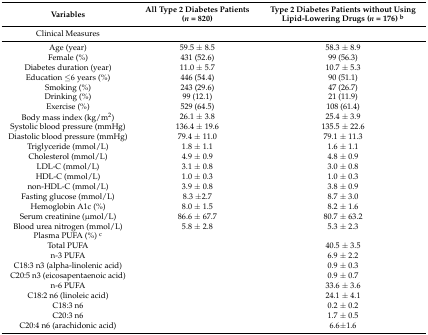
<table><thead><tr><td><b>Variables</b></td><td><b>All Type 2 Diabetes Patients (<i>n</i> = 820)</b></td><td><b>Type 2 Diabetes Patients without Using Lipid-Lowering Drugs (<i>n</i> = 176) <sup>b</sup></b></td></tr></thead><tbody><tr><td>Clinical Measures</td><td></td><td></td></tr><tr><td>Age (year)</td><td>59.5 ± 8.5</td><td>58.3 ± 8.9</td></tr><tr><td>Female (%)</td><td>431 (52.6)</td><td>99 (56.3)</td></tr><tr><td>Diabetes duration (year)</td><td>11.0 ± 5.7</td><td>10.7 ± 5.3</td></tr><tr><td>Education ≤6 years (%)</td><td>446 (54.4)</td><td>90 (51.1)</td></tr><tr><td>Smoking (%)</td><td>243 (29.6)</td><td>47 (26.7)</td></tr><tr><td>Drinking (%)</td><td>99 (12.1)</td><td>21 (11.9)</td></tr><tr><td>Exercise (%)</td><td>529 (64.5)</td><td>108 (61.4)</td></tr><tr><td>Body mass index (kg/m<sup>2</sup>)</td><td>26.1 ± 3.8</td><td>25.4 ± 3.9</td></tr><tr><td>Systolic blood pressure (mmHg)</td><td>136.4 ± 19.6</td><td>135.5 ± 22.6</td></tr><tr><td>Diastolic blood pressure (mmHg)</td><td>79.4 ± 11.0</td><td>79.1 ± 11.3</td></tr><tr><td>Triglyceride (mmol/L)</td><td>1.8 ± 1.1</td><td>1.6 ± 1.1</td></tr><tr><td>Cholesterol (mmol/L)</td><td>4.9 ± 0.9</td><td>4.8 ± 0.9</td></tr><tr><td>LDL-C (mmol/L)</td><td>3.1 ± 0.8</td><td>3.0 ± 0.8</td></tr><tr><td>HDL-C (mmol/L)</td><td>1.0 ± 0.3</td><td>1.0 ± 0.3</td></tr><tr><td>non-HDL-C (mmol/L)</td><td>3.9 ± 0.8</td><td>3.8 ± 0.9</td></tr><tr><td>Fasting glucose (mmol/L)</td><td>8.3 ±2.7</td><td>8.7 ± 3.0</td></tr><tr><td>Hemoglobin A1c (%)</td><td>8.0 ± 1.5</td><td>8.2 ± 1.6</td></tr><tr><td>Serum creatinine (μmol/L)</td><td>86.6 ± 67.7</td><td>80.7 ± 63.2</td></tr><tr><td>Blood urea nitrogen (mmol/L)</td><td>5.8 ± 2.8</td><td>5.3 ± 2.3</td></tr><tr><td>Plasma PUFA (%) <sup>c</sup></td><td></td><td></td></tr><tr><td>Total PUFA </td><td></td><td>40.5 ± 3.5</td></tr><tr><td>n-3 PUFA</td><td></td><td>6.9 ± 2.2</td></tr><tr><td>C18:3 n3 (alpha-linolenic acid)</td><td></td><td>0.9 ± 0.3</td></tr><tr><td>C20:5 n3 (eicosapentaenoic acid)</td><td></td><td>0.9 ± 0.7</td></tr><tr><td>n-6 PUFA </td><td></td><td>33.6 ± 3.6</td></tr><tr><td>C18:2 n6 (linoleic acid) </td><td></td><td>24.1 ± 4.1</td></tr><tr><td>C18:3 n6 </td><td></td><td>0.2 ± 0.2</td></tr><tr><td>C20:3 n6 </td><td></td><td>1.7 ± 0.5</td></tr><tr><td>C20:4 n6 (arachidonic acid)</td><td></td><td>6.6±1.6</td></tr></tbody></table>